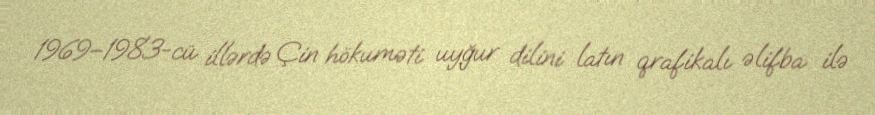
1969–1983-cü illərdə Çin hökuməti uyğur dilini latın qrafikalı əlifba ilə